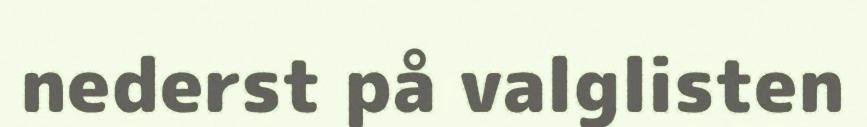
nederst på valglisten